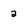
Character: a